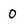
Character: 0